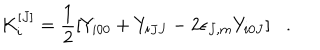
LaTeX: K _ { i } ^ { [ J ] } = \frac { 1 } { 2 } [ Y _ { i 0 0 } + Y _ { i J J } - 2 \epsilon _ { J , m } Y _ { i 0 J } ] .